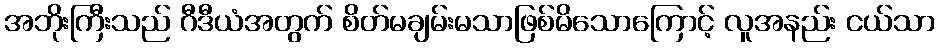
အဘိုးကြီးသည် ဂီဒီယံအတွက် စိတ်မချမ်းမသာဖြစ်မိသောကြောင့် လူအနည်း ငယ်သာ